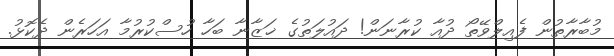
މުބާރާތުން ފެއިލްވޭތޯ ދުއާ ކުރާނަން! ދައުލަތުގެ ޚަޒާނާ ބަހާ ހުސްކުރުމާ އަހަރެން ދެކޮޅު.